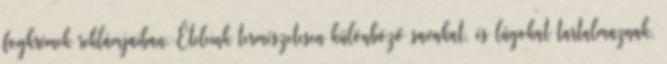
fogkrémek reklámjaiban. Ételeink természetesen különböző savakat, és lúgokat tartalmaznak,